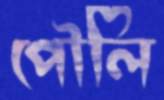
পৌলি